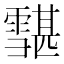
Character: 𩅷